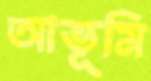
আভূমি